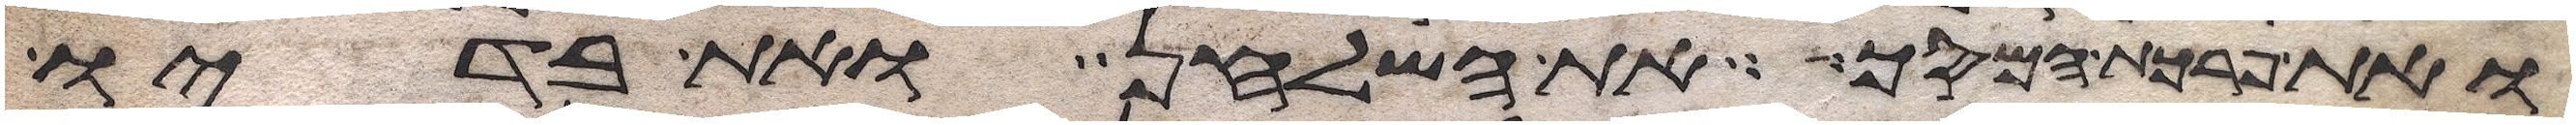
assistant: ואת פרכת המסך את השלחן ואת בדיו